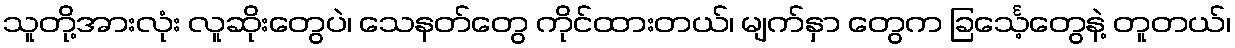
သူတို့အားလုံး လူဆိုးတွေပဲ၊ သေနတ်တွေ ကိုင်ထားတယ်၊ မျက်နှာ တွေက ခြင်္သေ့တွေနဲ့ တူတယ်၊